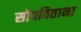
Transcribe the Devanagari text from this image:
सोपविताना